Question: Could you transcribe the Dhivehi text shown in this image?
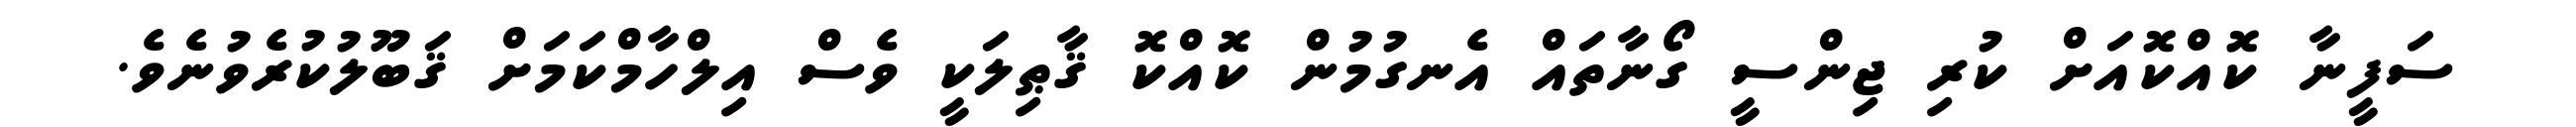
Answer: ސަފީނާ ކޮއްކޮއަށް ކުރި ޖިންސީ ގޯނާތައް އެނގުމުން ކޮއްކޮ ޤާޠިލަކީ ވެސް އިލްހާމްކަމަށް ޤަބޫލުކުރެވުނެވެ.